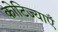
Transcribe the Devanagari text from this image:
कोटिज्याएँ